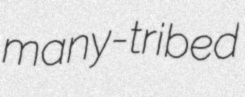
many-tribed